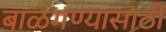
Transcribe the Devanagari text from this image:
बाळगण्यासाठी